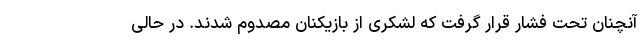
آنچنان تحت فشار قرار گرفت که لشکری از بازیکنان مصدوم شدند. در حالی